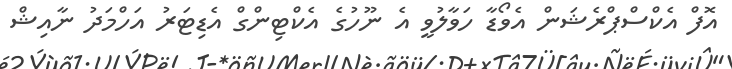
އޮފް އެކްސްޕްރެޝަން އެވޯޑާ ހަވާލުވީ އެ ނޫހުގެ އެކްޓިންގް އެޑިޓަރު އަހްމަދު ނާއިޝް